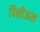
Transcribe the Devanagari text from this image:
पिनीअल